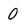
Character: O